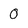
Character: 0